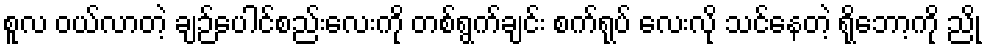
စူလ ဝယ်လာတဲ့ ချဉ်ပေါင်စည်းလေးကို တစ်ရွက်ချင်း စက်ရုပ် လေးလို သင်နေတဲ့ ရိုဘော့ကို ညို